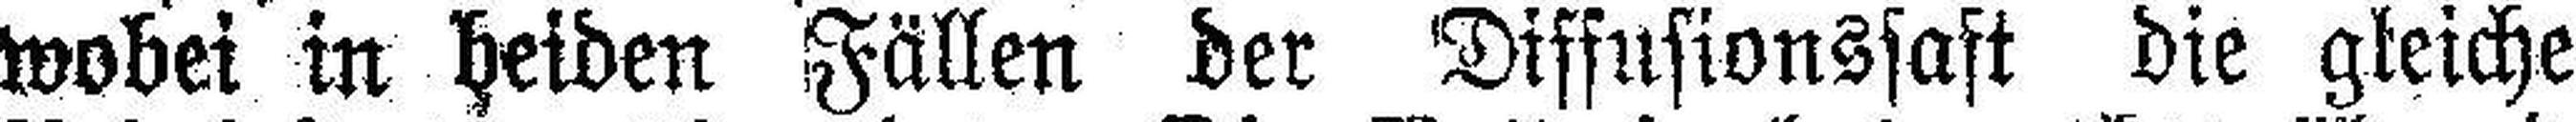
wobei in beiden Fällen der Diffusionssaft die gleiche